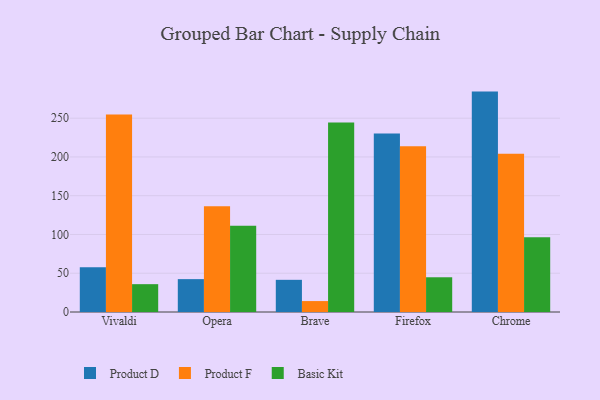
{"axis": {"x": "Browser", "y": "Humidity (%)"}, "legend": ["Basic Kit", "Product D", "Product F"], "data": [{"x": "Vivaldi", "y": 57.7, "type": "Product D"}, {"x": "Vivaldi", "y": 254.7, "type": "Product F"}, {"x": "Vivaldi", "y": 35.9, "type": "Basic Kit"}, {"x": "Opera", "y": 42.4, "type": "Product D"}, {"x": "Opera", "y": 136.5, "type": "Product F"}, {"x": "Opera", "y": 111.4, "type": "Basic Kit"}, {"x": "Brave", "y": 41.5, "type": "Product D"}, {"x": "Brave", "y": 14.1, "type": "Product F"}, {"x": "Brave", "y": 244.4, "type": "Basic Kit"}, {"x": "Firefox", "y": 230.4, "type": "Product D"}, {"x": "Firefox", "y": 213.7, "type": "Product F"}, {"x": "Firefox", "y": 44.8, "type": "Basic Kit"}, {"x": "Chrome", "y": 284.3, "type": "Product D"}, {"x": "Chrome", "y": 204.2, "type": "Product F"}, {"x": "Chrome", "y": 96.3, "type": "Basic Kit"}]}